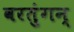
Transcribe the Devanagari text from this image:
वरतुंगन्